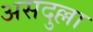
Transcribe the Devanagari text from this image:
असदुल्ला